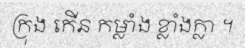
ក្រុង កើន កម្លាំង ខ្លាំងក្លា ។